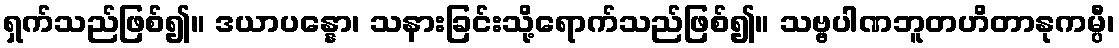
ရှက်သည်ဖြစ်၍။ ဒယာပန္နော၊ သနားခြင်းသို့ရောက်သည်ဖြစ်၍။ သဗ္ဗပါဏဘူတဟိတာနုကမ္ပီ၊